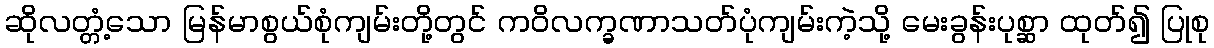
ဆိုလတ္တံ့သော မြန်မာစွယ်စုံကျမ်းတို့တွင် ကဝိလက္ခဏာသတ်ပုံကျမ်းကဲ့သို့ မေးခွန်းပုစ္ဆာ ထုတ်၍ ပြုစု